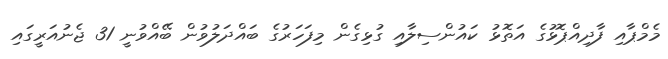
މެމްޕާއި ފާދިއްޕޮޅުގެ އަތޮޅު ކައުންސިލާއި ގުޅިގެން މިފަހަރުގެ ބައްދަލުވުން ބޭއްވުނީ 31 ޖެނުއަރީގައި